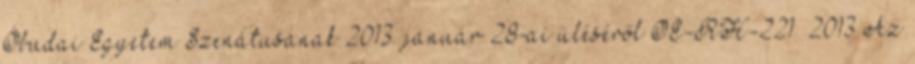
Óbudai Egyetem Szenátusának 2013. január 28-ai üléséről OE-RH-221 2013 Az